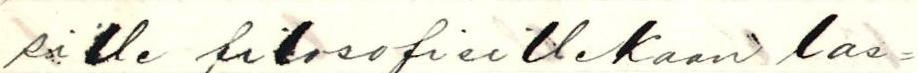
sille filosofisillekaan las=